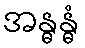
အန္ဓန္ဓံ